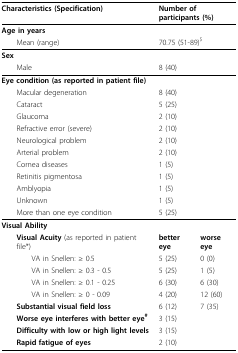
| Characteristics (Specification) | <COLSPAN=2> Number of participants (%) |
 | --- | --- | --- |
 | Age in years |  |  |
 | Mean (range) | <COLSPAN=2> 70.75 (51-89)$ |
 | Sex |  |  |
 | Male | <COLSPAN=2> 8 (40) |
 | Eye condition (as reported in patient file) |  |  |
 | Macular degeneration | <COLSPAN=2> 8 (40) |
 | Cataract | <COLSPAN=2> 5 (25) |
 | Glaucoma | <COLSPAN=2> 2 (10) |
 | Refractive error (severe) | <COLSPAN=2> 2 (10) |
 | Neurological problem | <COLSPAN=2> 2 (10) |
 | Arterial problem | <COLSPAN=2> 2 (10) |
 | Cornea diseases | <COLSPAN=2> 1 (5) |
 | Retinitis pigmentosa | <COLSPAN=2> 1 (5) |
 | Amblyopia | <COLSPAN=2> 1 (5) |
 | Unknown | <COLSPAN=2> 1 (5) |
 | More than one eye condition | <COLSPAN=2> 5 (25) |
 | Visual Ability |  |  |
 | Visual Acuity (as reported in patient file*) | better eye | worse eye |
 | VA in Snellen: ≥ 0.5 | 5 (25) | 0 (0) |
 | VA in Snellen: ≥ 0.3 - 0.5 | 5 (25) | 1 (5) |
 | VA in Snellen: ≥ 0.1 - 0.25 | 6 (30) | 6 (30) |
 | VA in Snellen: ≥ 0 - 0.09 | 4 (20) | 12 (60) |
 | Substantial visual field loss | 6 (12) | 7 (35) |
 | Worse eye interferes with better eye# | <COLSPAN=2> 3 (15) |
 | Difficulty with low or high light levels | <COLSPAN=2> 3 (15) |
 | Rapid fatigue of eyes | <COLSPAN=2> 2 (10) |